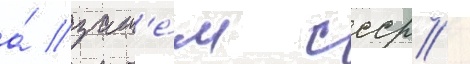
а́ зат'е́м ссср /